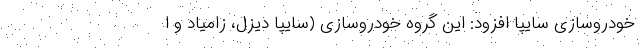
خودروسازی سایپا افزود: این گروه خودروسازی (سایپا دیزل، زامیاد و ا